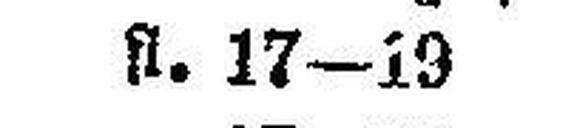
fl. 17—19